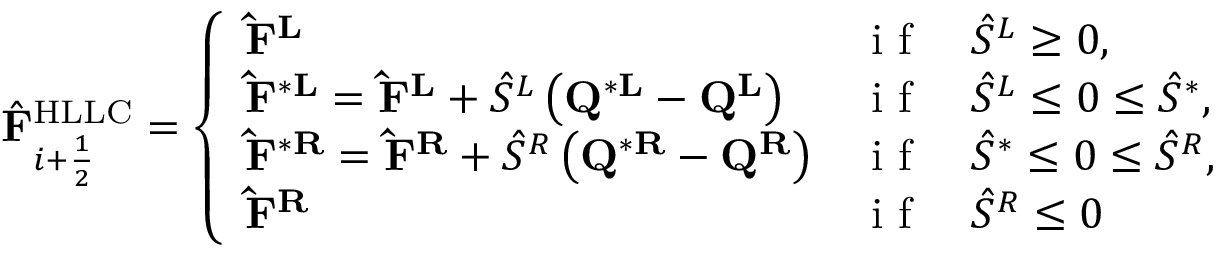
\hat { \mathbf { F } } _ { i + \frac { 1 } { 2 } } ^ { \mathrm { H L L C } } = \left\{ \begin{array} { l l } { \mathbf { \hat { F } } ^ { \mathbf { L } } } & { \mathrm { ~ i ~ f ~ } \quad \hat { S } ^ { L } \geq 0 , } \\ { \mathbf { \hat { F } } ^ { * \mathbf { L } } = \mathbf { \hat { F } } ^ { \mathbf { L } } + \hat { S } ^ { L } \left( \mathbf { Q } ^ { * \mathbf { L } } - \mathbf { Q } ^ { \mathbf { L } } \right) } & { \mathrm { ~ i ~ f ~ } \quad \hat { S } ^ { L } \leq 0 \leq \hat { S } ^ { * } , } \\ { \mathbf { \hat { F } } ^ { * \mathbf { R } } = \mathbf { \hat { F } } ^ { \mathbf { R } } + \hat { S } ^ { R } \left( \mathbf { Q } ^ { * \mathbf { R } } - \mathbf { Q } ^ { \mathbf { R } } \right) } & { \mathrm { ~ i ~ f ~ } \quad \hat { S } ^ { * } \leq 0 \leq \hat { S } ^ { R } , } \\ { \mathbf { \hat { F } } ^ { \mathbf { R } } } & { \mathrm { ~ i ~ f ~ } \quad \hat { S } ^ { R } \leq 0 } \end{array} \right.